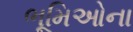
ભૂમિઓના